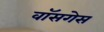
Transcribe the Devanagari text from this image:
वॉसगेस